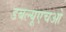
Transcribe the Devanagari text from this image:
डबल्यूएचओ